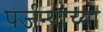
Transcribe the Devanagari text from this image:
पर्जन्याच्या